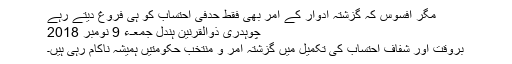
مگر افسوس کہ گزشتہ ادوار کے آمر بھی فقط حدفی احتساب کو ہی فروغ دیتے رہے
چوہدری ذوالقرنین ہندل جمعـء 9 نومبر 2018
بروقت اور شفاف احتساب کی تکمیل میں گزشتہ آمر و منتخب حکومتیں ہمیشہ ناکام رہی ہیں۔